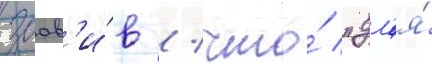
заав'и́в / что́ "дл'я́